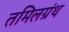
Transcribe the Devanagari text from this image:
तमिलग्रंथ